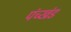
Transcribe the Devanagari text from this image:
पंच्खंड